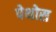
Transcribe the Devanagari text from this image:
पेथोस